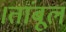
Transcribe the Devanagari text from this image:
।तांबूलं